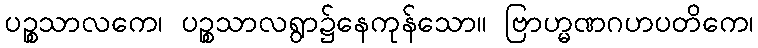
ပဉ္စသာလကေ၊ ပဉ္စသာလရွာ၌နေကုန်သော။ ဗြာဟ္မဏဂဟပတိကေ၊